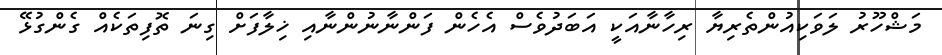
މަޝްހޫރު ލަވަކިއުންތެރިޔާ ރިހާނާއަކީ އަބަދުވެސް އެހެން ފަންނާނުންނާއި ޚިލާފަށް ގިނަ ތޮފިތަކެއް ގެންގުޅޭ